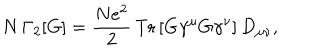
LaTeX: N \, \Gamma _ { 2 } [ G ] = \frac { N e ^ { 2 } } { 2 } \, \mathrm { T r } \left[ G \gamma ^ { \mu } G \gamma ^ { \nu } \right] D _ { \mu \nu } ,